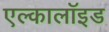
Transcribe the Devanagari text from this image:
एल्कालॉइड